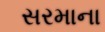
સરમાના